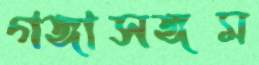
গঙ্গাসঙ্গম